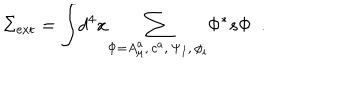
LaTeX: \Sigma _ { \mathrm { e x t } } = { \int } d ^ { 4 } x { \sum _ { \Phi = A _ { \mu } ^ { a } , \, c ^ { a } , \, \Psi _ { I } , \, \phi _ { i } } } \Phi ^ { * } s \Phi ~ ~ .